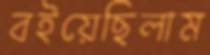
বইয়েছিলাম